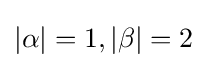
|\alpha |=1,|\beta |=2